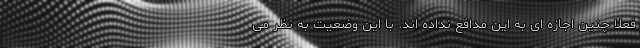
فعلا چنین اجازه ای به این مدافع نداده اند. با این وضعیت به نظر می